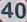
440440